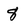
Character: 8